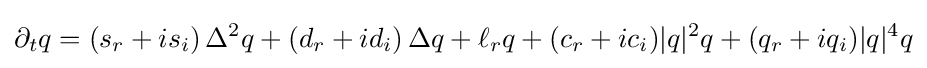
\partial _{t}q=(s_{r}+is_{i})\,\Delta ^{2}q+(d_{r}+id_{i})\,\Delta q+\ell _{r}q+(c_{r}+ic_{i})|q|^{2}q+(q_{r}+iq_{i})|q|^{4}q